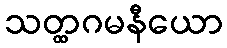
သတ္ထဂမနီယော